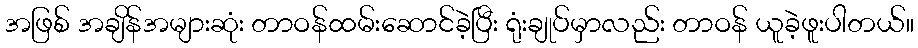
အဖြစ် အချိန်အများဆုံး တာဝန်ထမ်းဆောင်ခဲ့ပြီး ရုံးချုပ်မှာလည်း တာဝန် ယူခဲ့ဖူးပါတယ်။